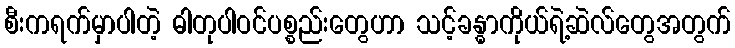
စီးကရက်မှာပါတဲ့ ဓါတုပါဝင်ပစ္စည်းတွေဟာ သင့်ခန္ဓာကိုယ်ရဲ့ဆဲလ်တွေအတွက်